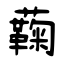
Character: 蘜